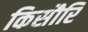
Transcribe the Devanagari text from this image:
किसौरि